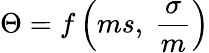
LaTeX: \Theta=f\left(ms,\ {\frac{\sigma}{m}}\right)